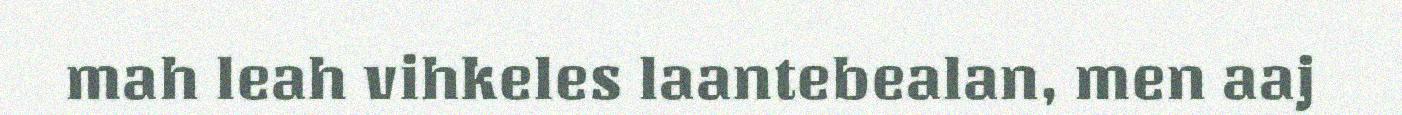
mah leah vihkeles laantebealan, men aaj